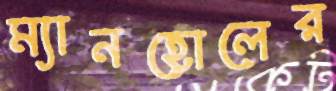
ম্যানহোলের